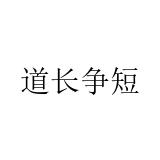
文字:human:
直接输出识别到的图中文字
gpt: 道长争短